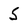
Character: 5